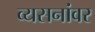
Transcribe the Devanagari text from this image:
व्यसनांवर